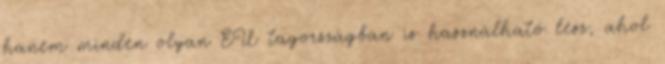
hanem minden olyan EU tagországban is használható lesz, ahol